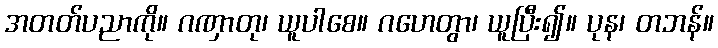
အတတ်ပညာကို။ ဂဏှာတု၊ ယူပါစေ။ ဂဟေတွာ၊ ယူပြီး၍။ ပုန၊ တဘန်။